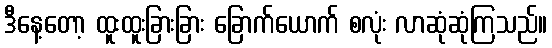
ဒီနေ့တော့ ထူးထူးခြားခြား ခြောက်ယောက် စလုံး လာဆုံဆုံကြသည်။